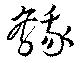
鵝